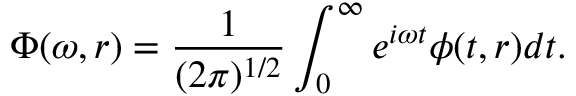
\Phi ( \omega , r ) = \frac { 1 } { ( 2 \pi ) ^ { 1 / 2 } } \int _ { 0 } ^ { \infty } e ^ { i \omega t } \phi ( t , r ) d t .